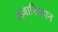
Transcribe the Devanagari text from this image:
हज़ारिस्तान